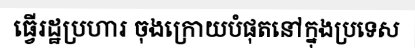
ធ្វើរដ្ឋប្រហារ ចុងក្រោយបំផុតនៅក្នុងប្រទេស